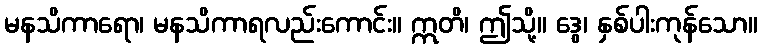
မနသိကာရော၊ မနသိကာရလည်းကောင်း။ ဣတိ၊ ဤသို့။ ဒွေ၊ နှစ်ပါးကုန်သော။